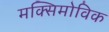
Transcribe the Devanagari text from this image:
मक्सिमोविक